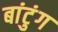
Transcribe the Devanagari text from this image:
बांटुंग